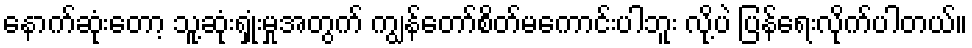
နောက်ဆုံးတော့ သူ့ဆုံးရှုံးမှုအတွက် ကျွန်တော်စိတ်မကောင်းပါဘူး လို့ပဲ ပြန်ရေးလိုက်ပါတယ်။